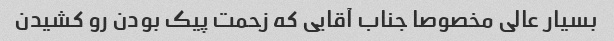
بسیار عالی مخصوصا جناب آقایی که زحمت پیک بودن رو کشیدن